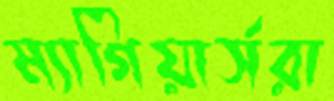
ম্যাগিয়ার্সরা